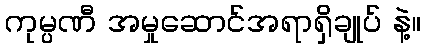
ကုမ္ပဏီ အမှုဆောင်အရာရှိချုပ် နဲ့။